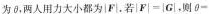
为θ，两人用力大小都为|F|，若$$| F | = | G |$$，则$$θ =